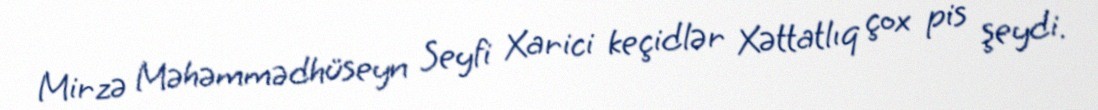
Mirzə Məhəmmədhüseyn Seyfi Xarici keçidlər Xəttatlıq çox pis şeydi.